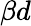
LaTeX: \beta d